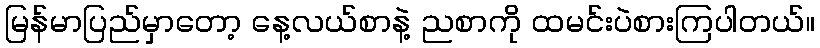
မြန်မာပြည်မှာတော့ နေ့လယ်စာနဲ့ ညစာကို ထမင်းပဲစားကြပါတယ်။